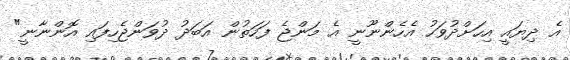
އެ ދިޔައީ އިހަށްދުވަހު އެހެންނޫނީ އެ މަންޖެ ފަހަތުން އަބަދު ދުވަންޖެހިފައި އޮންނާނީ"